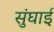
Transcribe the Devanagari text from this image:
सुंघाई